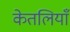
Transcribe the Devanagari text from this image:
केतलियाँ